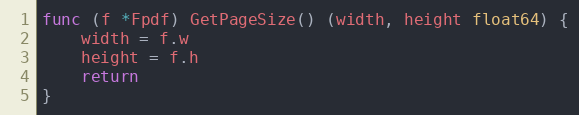
Language: Go
func (f *Fpdf) GetPageSize() (width, height float64) {
	width = f.w
	height = f.h
	return
}